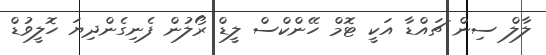
ލާލް ސިން ޗައްޑާ އަކީ ޓޮމް ހޭންކްސް ލީޑް ރޯލުން ފެނިގެންދިޔަ ހޮލީވުޑް